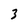
Character: 3